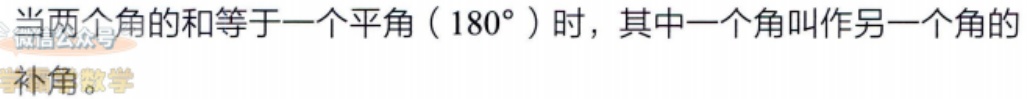
当两个角的和等于一个平角（\(180^{\circ}\)）时，其中一个角叫作另一个角的补角。